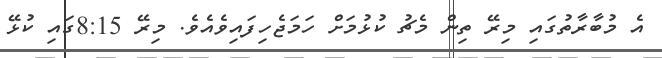
އެ މުބާރާތުގައި މިރޭ ތިން މެޗު ކުޅުމަށް ހަމަޖެހިފައިވެއެވެ. މިރޭ 8:15ގައި ކުޅޭ